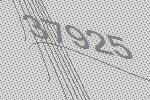
37925